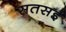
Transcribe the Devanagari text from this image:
सतसईं